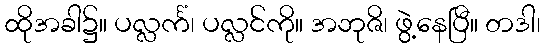
ထိုအခါ၌။ ပလ္လင်္ကံ၊ ပလ္လင်ကို။ အဘုဇိ၊ ဖွဲ့နေပြီ။ တဒါ၊